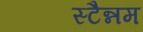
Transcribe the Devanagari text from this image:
स्टैन्नम